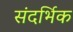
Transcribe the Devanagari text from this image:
संदर्भिक